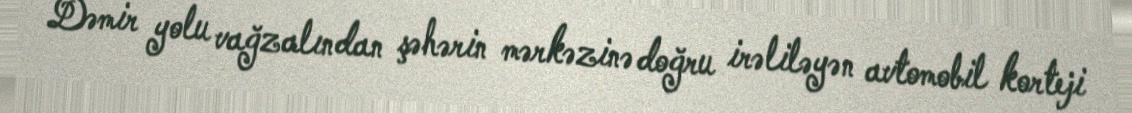
Dəmir yolu vağzalından şəhərin mərkəzinə doğru irəliləyən avtomobil korteji